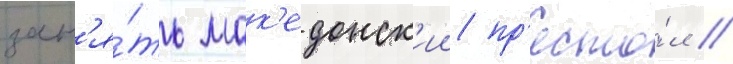
зан'я́ть мак'едонск'ии пр'есто́л //